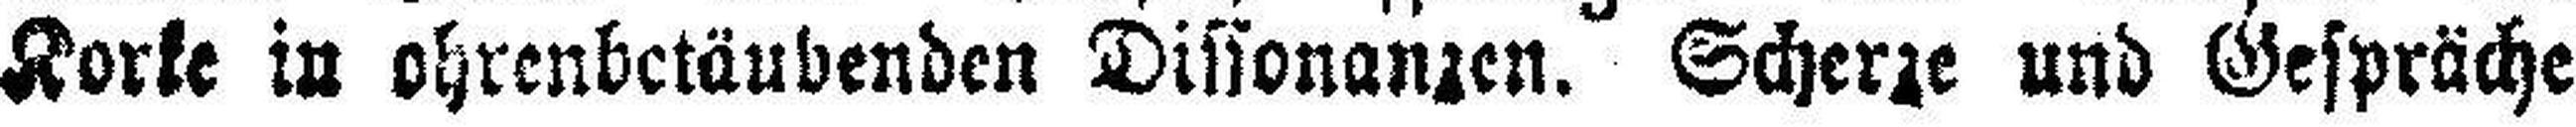
Korke in ohrenbetäubenden Dissonanzen. Scherze und Gespräche